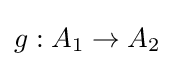
g:A_{1}\to A_{2}